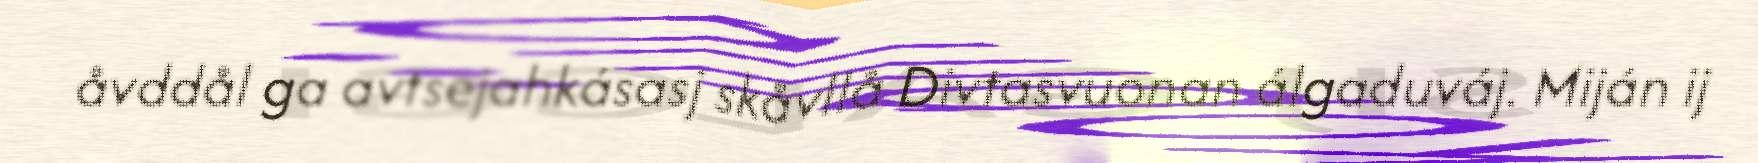
åvddål ga avtsejahkásasj skåvllå Divtasvuonan álgaduváj. Miján ij